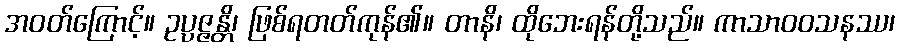
အဝတ်ကြောင့်။ ဥပ္ပဇ္ဇန္တိ၊ ဖြစ်ရတတ်ကုန်၏။ တာနိ၊ ထိုဘေးရန်တို့သည်။ ကာသာဝဝသနဿ၊